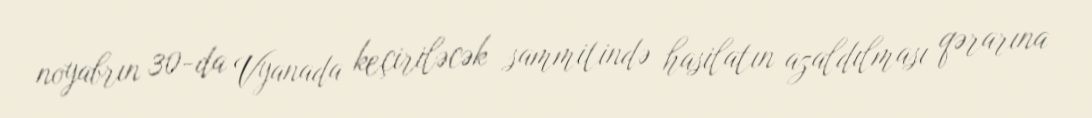
noyabrın 30-da Vyanada keçiriləcək sammitində hasilatın azaldılması qərarına